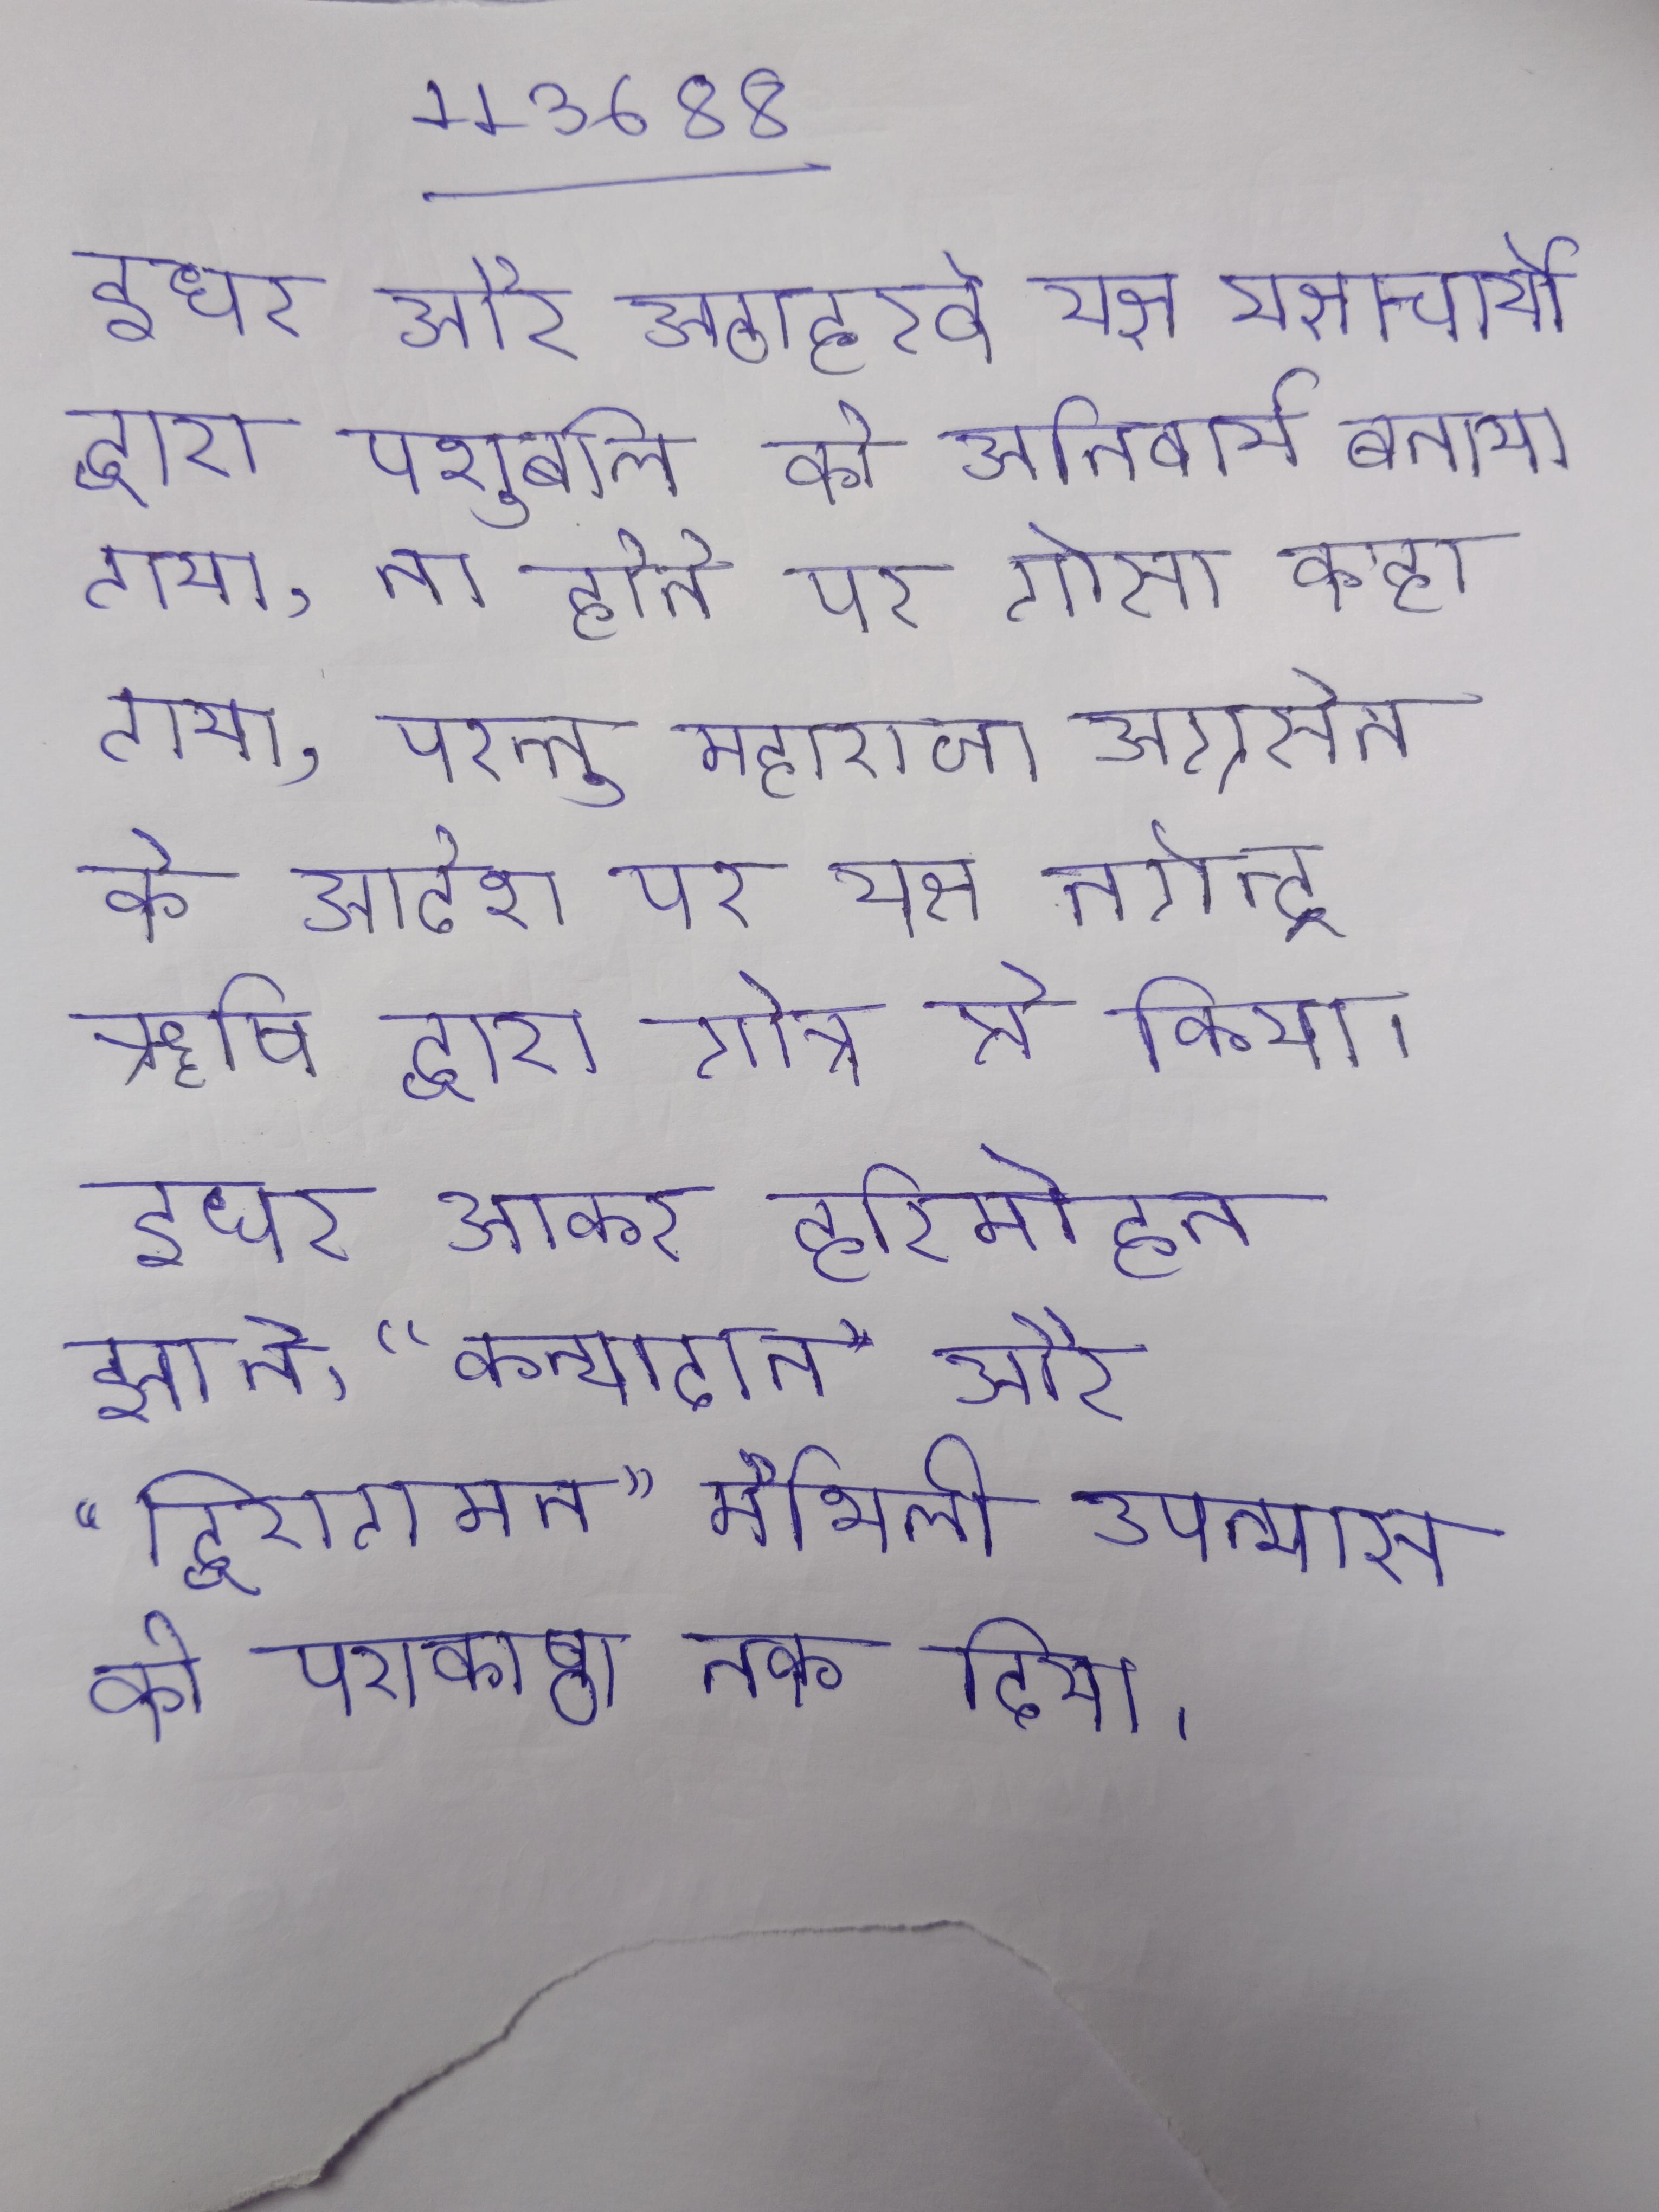
इधर और अठाहरवे यज्ञ यज्ञाचार्यो द्वारा पशुबलि को अनिवार्य बताया गया, ना होने पर गोत्र अधूरा रह जाएगा, ऐसा कहा गया, परन्तु महाराजा अग्रसेन के आदेश पर यज्ञ नगेन्द्र ॠषि द्वारा गोत्र से किया । इधर आकर हरिमोहन झा ने "कन्यादान" और "द्विरागमन" मैथिली उपन्यास को पराकाष्ठा तक दिया ।